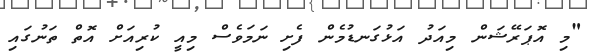
"މި އޮޕަރޭޝަން މިއަދު އަޅުގަނޑުމެން ފެށި ނަމަވެސް މިއީ ކުރިއަށް އޮތް ތަނުގައި